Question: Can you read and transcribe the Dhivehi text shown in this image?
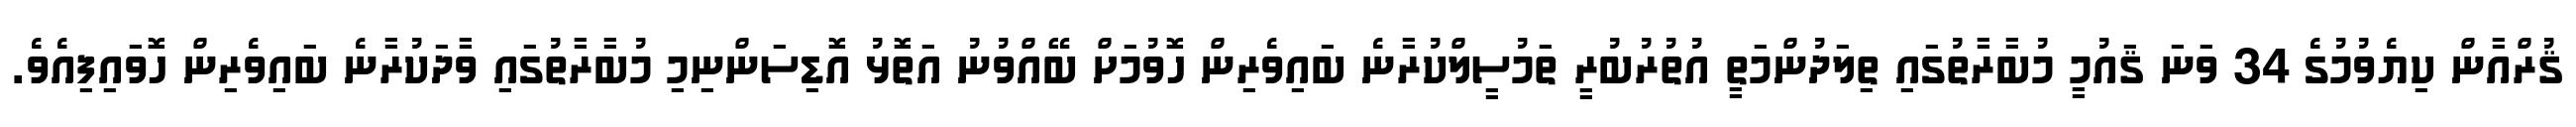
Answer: ޤުރްއާން ކިޔެވުމުގެ 34 ވަނަ ޤައުމީ މުބާރާތުގައި ތިލަދުންމަތީ އުތުރުބުރީ ތަމުސީލްކުރާނެ ބައިވެރިން ހޮވުމަށް ބޭއްވުނު އަތޮޅު އޮޑިސަންނިމި މުބާރާތުގައި ވާދަކުރާނެ ބައިވެރިން ހޮވައިފިއެވެ.